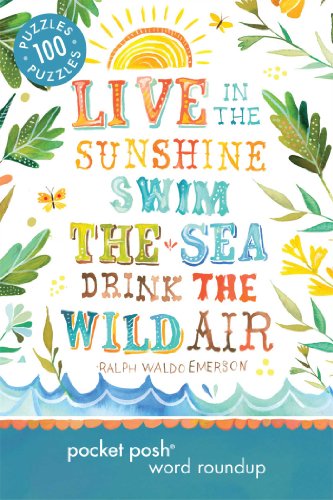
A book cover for Pocket Posh Word Roundup 8: 100 Puzzles; The Puzzle Society; Humor & Entertainment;